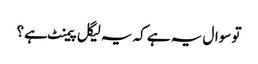
تو سوال یہ ہے کہ یہ لیگل پیمنٹ ہے؟